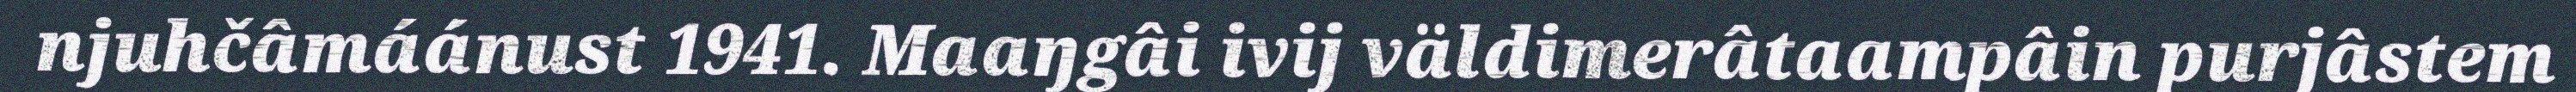
njuhčâmáánust 1941. Maaŋgâi ivij väldimerâtaampâin purjâstem